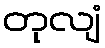
တုလျံ